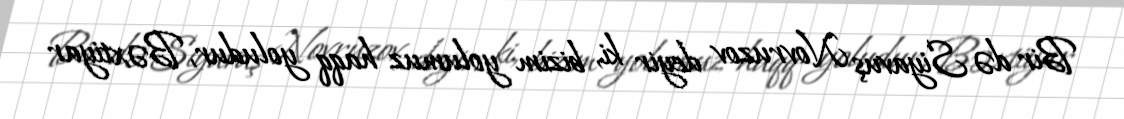
Bir də Siyavuş Novruzov deyir ki, bizim yolumuz haqq yoludur, Bəxtiyar